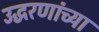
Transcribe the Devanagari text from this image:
उद्धरणांच्या